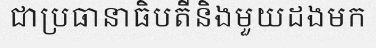
ជាប្រធានាធិបតីនិងមួយដងមក